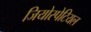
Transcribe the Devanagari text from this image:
जियोस्पेटियल